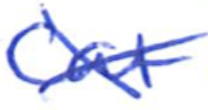
Text: Cat
Cross-out: cross
Writing tool: ballpoint